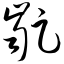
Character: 龊